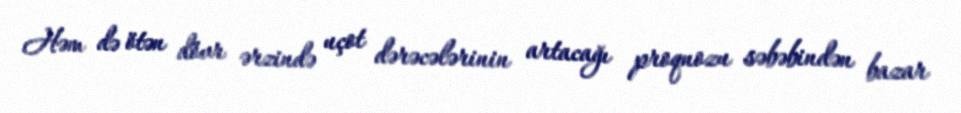
Həm də ötən dövr ərzində uçot dərəcələrinin artacağı proqnozu səbəbindən bazar